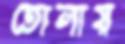
তোলায়